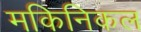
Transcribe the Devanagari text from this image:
मकिनिकल